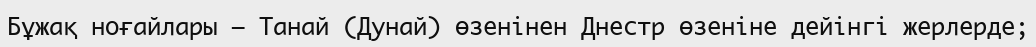
Бұжақ ноғайлары — Танай (Дунай) өзенінен Днестр өзеніне дейінгі жерлерде;